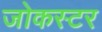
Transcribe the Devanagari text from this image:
जोकस्टर